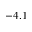
- 4 . 1